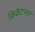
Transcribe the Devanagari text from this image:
क्रिकेटनंतर